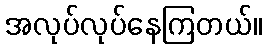
အလုပ်လုပ်နေကြတယ်။